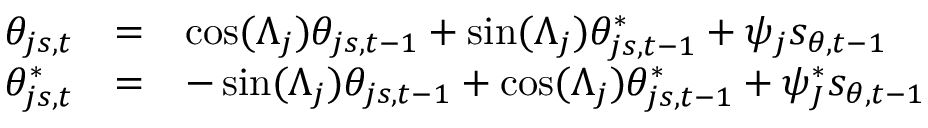
\begin{array} { r c l } { \theta _ { j s , t } } & { = } & { \cos ( \Lambda _ { j } ) \theta _ { j s , t - 1 } + \sin ( \Lambda _ { j } ) \theta _ { j s , t - 1 } ^ { * } + \psi _ { j } s _ { \theta , t - 1 } } \\ { \theta _ { j s , t } ^ { * } } & { = } & { - \sin ( \Lambda _ { j } ) \theta _ { j s , t - 1 } + \cos ( \Lambda _ { j } ) \theta _ { j s , t - 1 } ^ { * } + \psi _ { J } ^ { * } s _ { \theta , t - 1 } } \end{array}